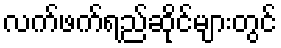
လက်ဖက်ရည်ဆိုင်များတွင်